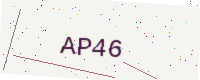
Text: AP46